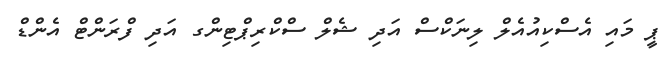
ޕީ މައި އެސްކިއުއެލް ލިނަކްސް އަދި ޝެލް ސްކްރިޕްޓިންގ އަދި ފްރަންޓް އެންޑް